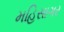
મહિસાગર